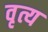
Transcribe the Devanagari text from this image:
वृत्य